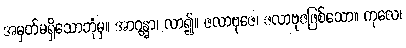
အမှတ်မရှိသောဘုံမှ။ အာဂန္တွာ၊ လာ၍။ ဇလာဗုဇေ၊ ဇလာဗုဇဖြစ်သော။ ကုလေ၊